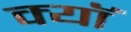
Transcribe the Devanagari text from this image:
क्यॉ